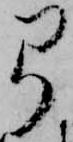
弓